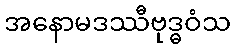
အနောမဒဿီဗုဒ္ဓဝံသ